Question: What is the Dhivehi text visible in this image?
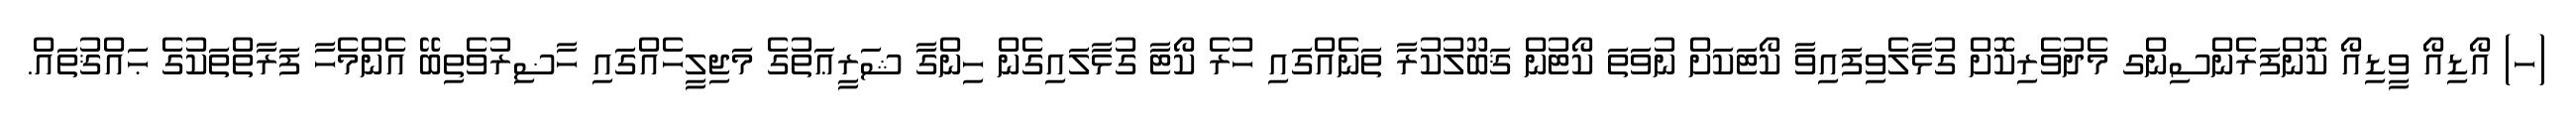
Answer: (ހ) އޯޑިއޯ ވީޑިއޯ ކޮންފަރެންސިންގ މެދުވެރިކޮށް ގުޅާލެވިފައިވާ ކޯޓަކަށް ނުވަތަ ކޯޓުން ޤަބޫލުކުރާ ތަނެއްގައި ހުރެ ކޯޓާ ގުޅާލައިގެން ހިންގާ ޝަރީޢަތުގެ މަޖިލީހެއްގައި ހާޟިރުވެތިބޭ އެންމެހާ ފަރާތްތަކުގެ ޙައްޤުތައް.